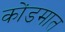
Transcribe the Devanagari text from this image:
कोंडमात